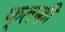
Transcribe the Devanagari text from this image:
फ्लकी